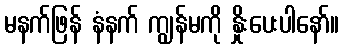
မနက်ဖြန် နံနက် ကျွန်မကို နှိုးပေးပါနော်။